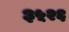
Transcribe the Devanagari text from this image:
३५२६